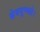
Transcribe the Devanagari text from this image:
क्षेत्रमुच्यते।